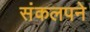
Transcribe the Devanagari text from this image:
संकलपने